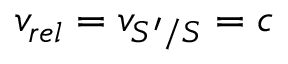
v _ { r e l } = v _ { S ^ { \prime } / S } = c